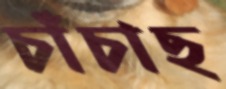
চাঁচাছ